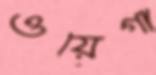
ওয়েগা